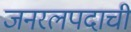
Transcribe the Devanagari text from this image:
जनरलपदाची